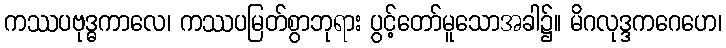
ကဿပဗုဒ္ဓကာလေ၊ ကဿပမြတ်စွာဘုရား ပွင့်တော်မူသောအခါ၌။ မိဂလုဒ္ဒကဂေဟေ၊